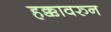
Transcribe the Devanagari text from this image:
हक्कावरुन